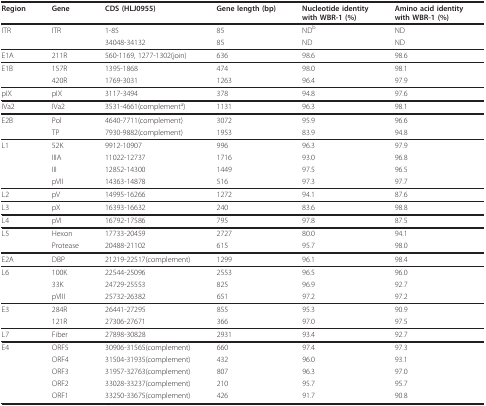
<table><thead><tr><td><b>Region</b></td><td><b>Gene</b></td><td><b>CDS (HLJ0955)</b></td><td><b>Gene length (bp)</b></td><td><b>Nucleotide identitywith WBR-1 (%)</b></td><td><b>Amino acid identitywith WBR-1 (%)</b></td></tr></thead><tbody><tr><td>ITR</td><td>ITR</td><td>1-85</td><td>85</td><td>ND<sup>b</sup></td><td>ND</td></tr><tr><td></td><td></td><td>34048-34132</td><td>85</td><td>ND</td><td>ND</td></tr><tr><td>E1A</td><td>211R</td><td>560-1169, 1277-1302(join)</td><td>636</td><td>98.6</td><td>98.6</td></tr><tr><td>E1B</td><td>157R</td><td>1395-1868</td><td>474</td><td>98.0</td><td>98.1</td></tr><tr><td></td><td>420R</td><td>1769-3031</td><td>1263</td><td>96.4</td><td>97.9</td></tr><tr><td>pIX</td><td>pIX</td><td>3117-3494</td><td>378</td><td>94.8</td><td>97.6</td></tr><tr><td>IVa2</td><td>IVa2</td><td>3531-4661(complement<sup>a</sup>)</td><td>1131</td><td>96.3</td><td>98.1</td></tr><tr><td>E2B</td><td>Pol</td><td>4640-7711(complement)</td><td>3072</td><td>95.9</td><td>96.6</td></tr><tr><td></td><td>TP</td><td>7930-9882(complement)</td><td>1953</td><td>83.9</td><td>94.8</td></tr><tr><td>L1</td><td>52K</td><td>9912-10907</td><td>996</td><td>96.3</td><td>97.9</td></tr><tr><td></td><td>IIIA</td><td>11022-12737</td><td>1716</td><td>93.0</td><td>96.8</td></tr><tr><td></td><td>III</td><td>12852-14300</td><td>1449</td><td>97.5</td><td>96.5</td></tr><tr><td></td><td>pVII</td><td>14363-14878</td><td>516</td><td>97.3</td><td>97.7</td></tr><tr><td>L2</td><td>pV</td><td>14995-16266</td><td>1272</td><td>94.1</td><td>87.6</td></tr><tr><td>L3</td><td>pX</td><td>16393-16632</td><td>240</td><td>83.6</td><td>98.8</td></tr><tr><td>L4</td><td>pVI</td><td>16792-17586</td><td>795</td><td>97.8</td><td>87.5</td></tr><tr><td>L5</td><td>Hexon</td><td>17733-20459</td><td>2727</td><td>80.0</td><td>94.1</td></tr><tr><td></td><td>Protease</td><td>20488-21102</td><td>615</td><td>95.7</td><td>98.0</td></tr><tr><td>E2A</td><td>DBP</td><td>21219-22517(complement)</td><td>1299</td><td>96.1</td><td>98.4</td></tr><tr><td>L6</td><td>100K</td><td>22544-25096</td><td>2553</td><td>96.5</td><td>96.0</td></tr><tr><td></td><td>33K</td><td>24729-25553</td><td>825</td><td>96.9</td><td>92.7</td></tr><tr><td></td><td>pVIII</td><td>25732-26382</td><td>651</td><td>97.2</td><td>97.2</td></tr><tr><td>E3</td><td>284R</td><td>26441-27295</td><td>855</td><td>95.3</td><td>90.9</td></tr><tr><td></td><td>121R</td><td>27306-27671</td><td>366</td><td>97.0</td><td>97.5</td></tr><tr><td>L7</td><td>Fiber</td><td>27898-30828</td><td>2931</td><td>93.4</td><td>92.7</td></tr><tr><td>E4</td><td>ORF5</td><td>30906-31565(complement)</td><td>660</td><td>97.4</td><td>97.3</td></tr><tr><td></td><td>ORF4</td><td>31504-31935(complement)</td><td>432</td><td>96.0</td><td>93.1</td></tr><tr><td></td><td>ORF3</td><td>31957-32763(complement)</td><td>807</td><td>96.3</td><td>97.0</td></tr><tr><td></td><td>ORF2</td><td>33028-33237(complement)</td><td>210</td><td>95.7</td><td>95.7</td></tr><tr><td></td><td>ORF1</td><td>33250-33675(complement)</td><td>426</td><td>91.7</td><td>90.8</td></tr></tbody></table>